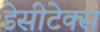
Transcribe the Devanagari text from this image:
डेसीटेक्स